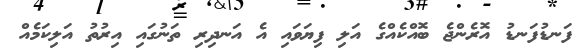
ފަނޑުފަނޑު އޮރެންޖެ ބޮއްކެއްގެ އަލި ފިޔަވައި އެ އަނދިރި ތަނުގައި އިރުތު އަލިކަމެއް